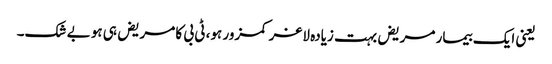
یعنی ایک بیمار مریض بہت زیادہ لاغر کمزور ہو، ٹی بی کا مریض ہی ہو بے شک۔